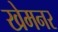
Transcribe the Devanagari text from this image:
खेमनर